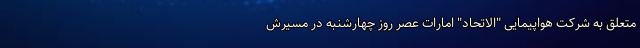
متعلق به شرکت هواپیمایی "الاتحاد" امارات عصر روز چهارشنبه در مسیرش